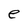
Character: e